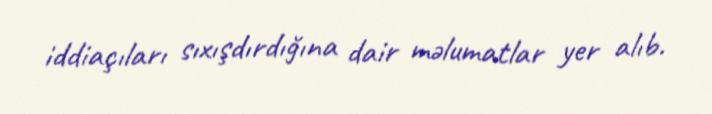
iddiaçıları sıxışdırdığına dair məlumatlar yer alıb.